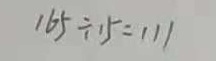
1 6 5 \div 1 5 = 1 1 1